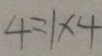
4 = 1 \times 4